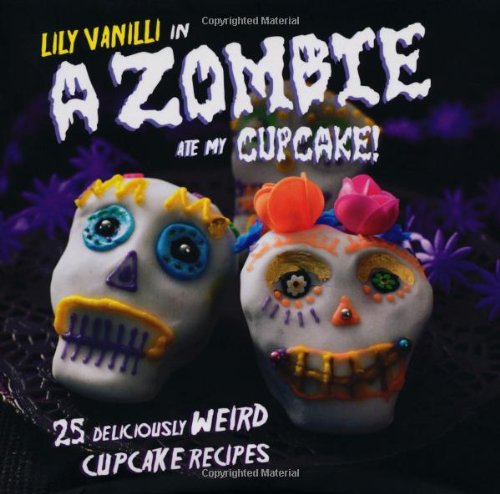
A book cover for A Zombie Ate My Cupcake!: 25 Deliciously Weird Cupcake Recipes; Lily Vanilli; Cookbooks, Food & Wine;